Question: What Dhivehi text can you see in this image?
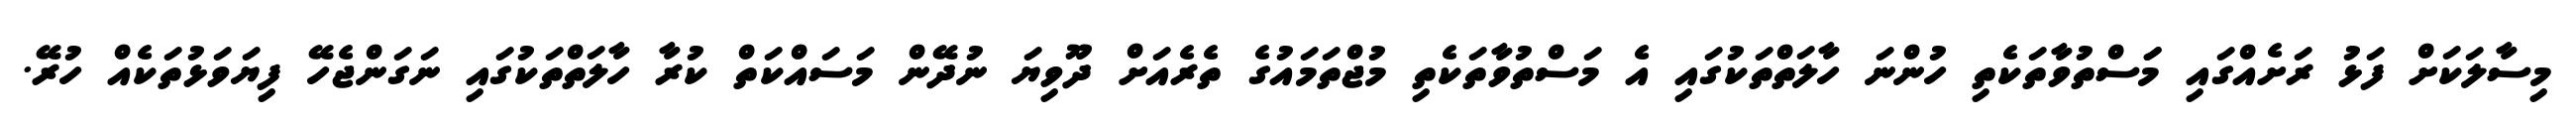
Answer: މިސާލަކަށް ފަޅު ރަށެއްގައި މަަސްތުވާތަކެތި ހުންނަ ހާލަތްތަކުގައި އެ މަސްތުވާތަކެތި މުޖްތަމައުގެ ތެރެއަށް ދޫވިޔަ ނުދޭން މަސައްކަތް ކުރާ ހާލަތްތަކުގައި ނަގަންޖެހޭ ފިޔަވަޅުތަކެއް ހުރޭ.